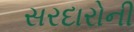
સરદારોની